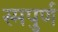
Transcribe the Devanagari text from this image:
स्मपुर्ण